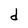
Character: d